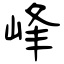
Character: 峰